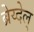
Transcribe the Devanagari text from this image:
ब्रेय्देल्